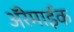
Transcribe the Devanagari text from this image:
अॅरेमाईक